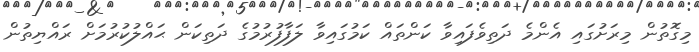
މިގޮތުން މިރަށުގައި އެންމެ ދަތިވެފައިވާ ކަންތައް ކަމުގައިވާ ލަފާފުރުމުގެ ދަތިކަން ޙައްލުކުރުމަށް ރައްޔިތުން